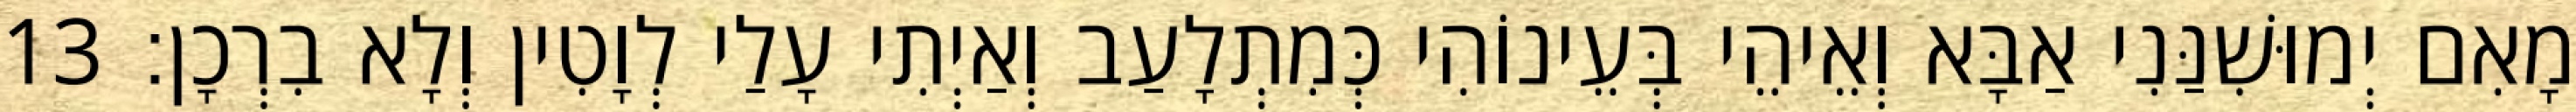
מָאִם יְמוּשִׁנַּנִי אַבָּא וְאֵיהֵי בְּעֵינוֹהִי כְּמִתְלָעַב וְאַיְתִי עָלַי לְוָטִין וְלָא בִרְכָן׃ 13